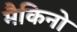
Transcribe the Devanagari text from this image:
मैकिनो